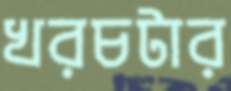
খরচটার